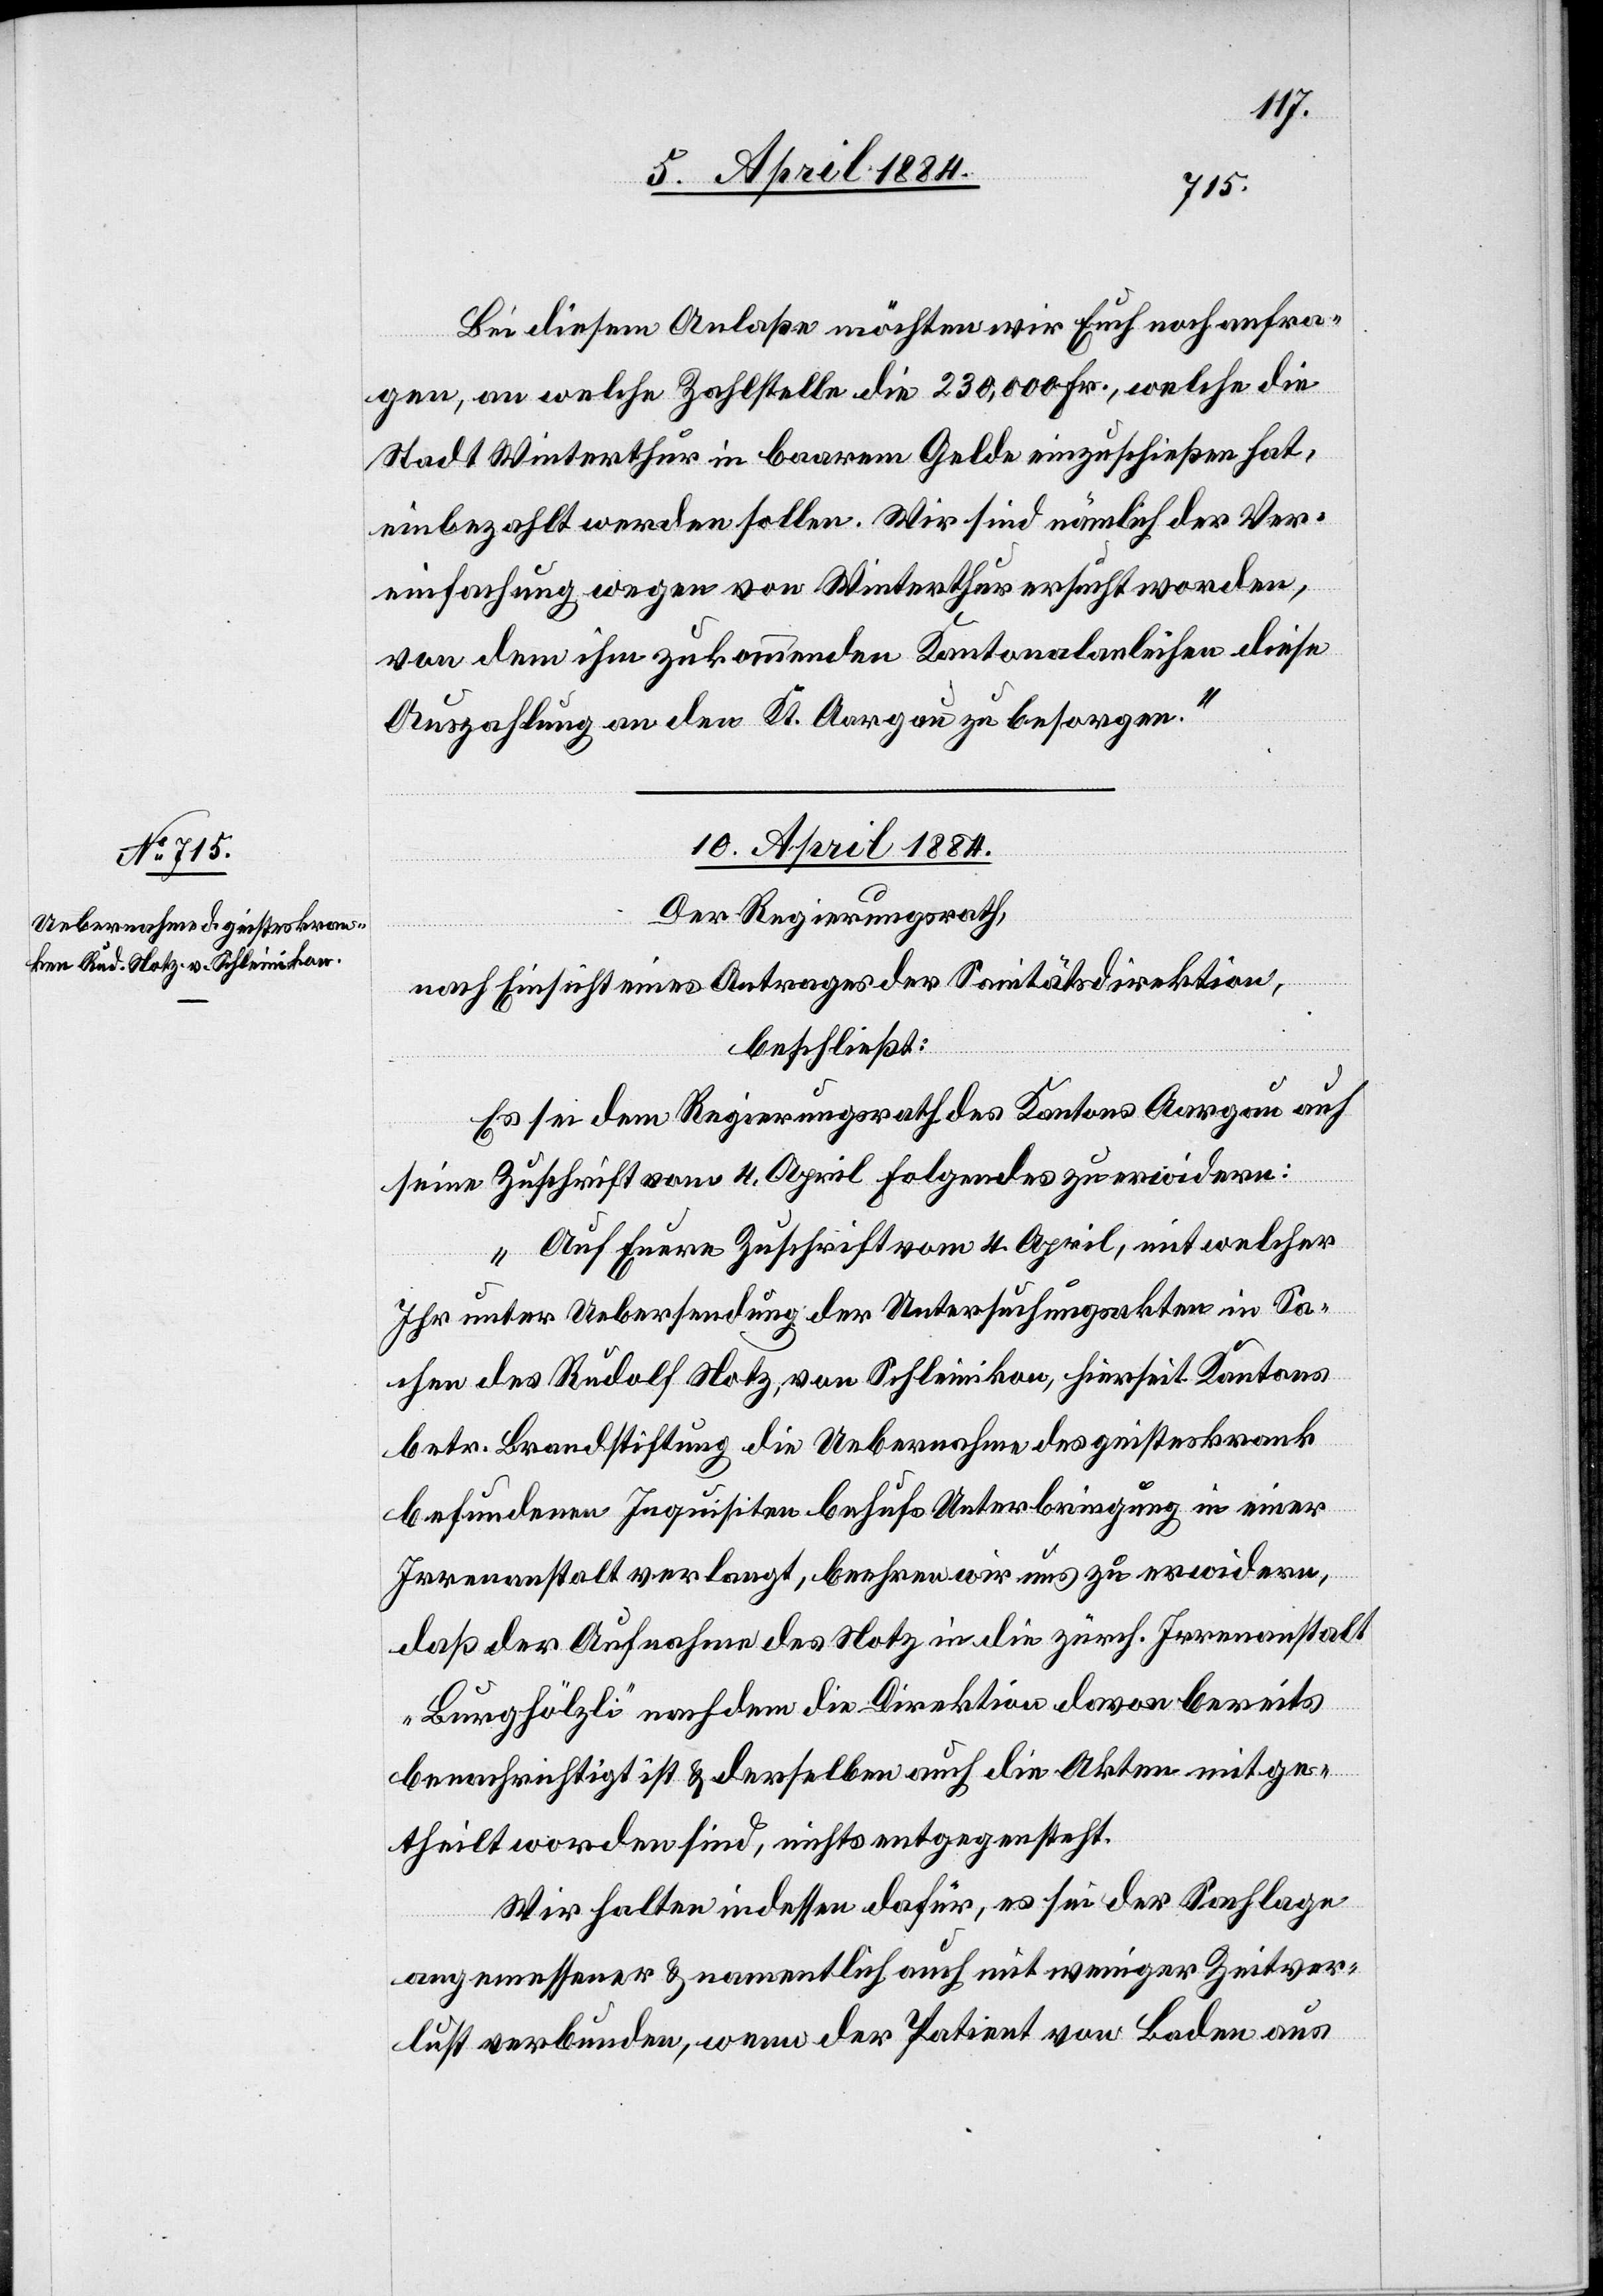
Bei diesem Anlaße möchten wir Euch noch anfra¬
gen, an welche Zahlstelle die 230,000 Fr., welche die
Stadt Winterthur in baarem Gelde einzuschießen hat,
einbezahlt werden sollen. Wir sind nämlich der Ver¬
einfachung wegen von Winterthur ersucht worden,
von dem ihm zukommenden Kantonalanleihen diese
Auszahlung an den Kt. Aargau zu besorgen.“
10. April 1884.
Der Regierungsrath,
nach Einsicht eines Antrages der Sanitätsdirektion,
beschließt:
Es seid dem Regierungsrath des Kantons Aargau auf
seine Zuschrift vom 4. April folgendes zu erwidern:
„Auf Euere Zuschrift vom 4. April, mit welcher
Ihr unter Uebersendung der Untersuchungsakten in Sa¬
chen des Rudolf Notz, von Schleinikon, hierseit. Kantons
betr. Brandstiftung die Uebernahme des geisteskrank
befundenen Inquisiten behufs Unterbringung in einer
Irrenanstalt verlangt, beehren wir uns zu erwidern,
daß der Aufnahme des Notz in die zürch. Irrenanstalt
„Burghölzli“ nachdem die Direktion davon bereits
benachrichtigt ist & derselben auch die Akten mitge¬
theilt worden sind, nichts entgegensteht.
Wir halten indessen dafür, es sei der Sachlage
angemessener & namentlich auch mit weniger Zeitver¬
lust verbunden, wenn der Patient von Baden aus